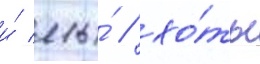
и́ мы́ / хо́ть